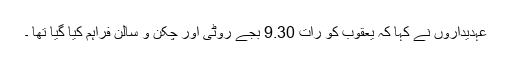
عہدیداروں نے کہا کہ یعقوب کو رات 9.30 بجے روٹی اور چکن و سالن فراہم کیا گیا تھا ۔